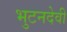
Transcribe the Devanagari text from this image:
भुटनदेवी